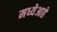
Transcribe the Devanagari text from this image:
मध्येआहे